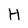
Character: H